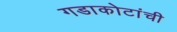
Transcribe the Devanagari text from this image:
गडाकोटांची